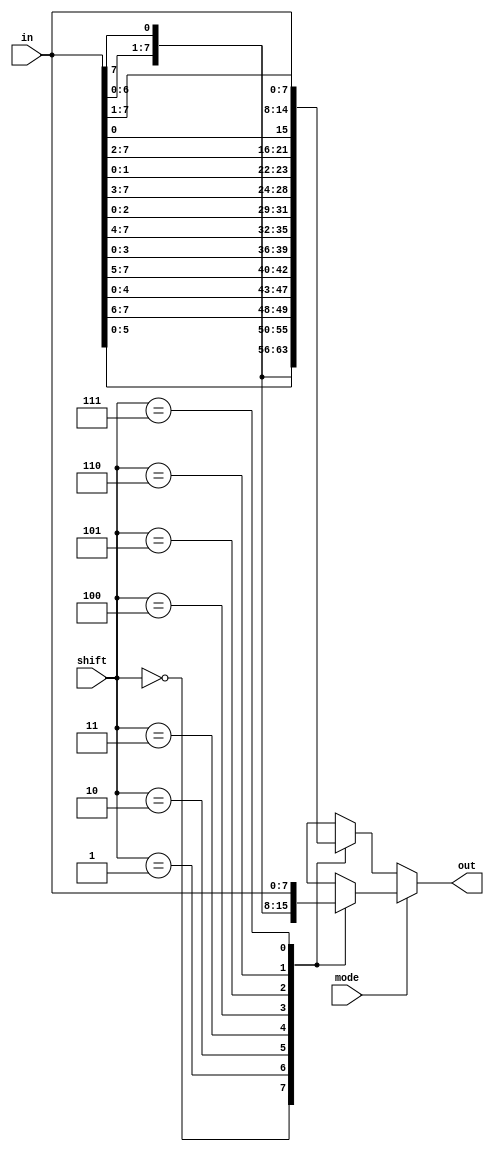
module barrel_shifter(in,shift,mode,out);
  input [7:0] in; //8 bit input for shifting
  input [2:0] shift;//amount of shifting
  input mode; //0 - Left Shift | 1 = Right Shift
  output reg [7:0] out; //output of barrel shifter
  
  always@(*)
    begin
      
      if(mode) 
        begin
          case(shift)
            3'b000 : out = {in[0],in[7:1]};
            3'b001 : out = {in[1:0],in[7:2]};
            3'b010 : out = {in[2:0],in[7:3]};
            3'b011 : out = {in[3:0],in[7:4]};
            3'b100 : out = {in[4:0],in[7:5]};
            3'b101 : out = {in[5:0],in[7:6]};
            3'b110 : out = {in[6:0],in[7]};
            3'b111 : out = in;
            default : out = in;
          endcase
        end
      else 
        begin
          case(shift)
            3'b000 : out = {in[6:0],in[7]};
            3'b001 : out = {in[5:0],in[7:6]};
            3'b010 : out = {in[4:0],in[7:5]};
            3'b011 : out = {in[3:0],in[7:4]};
            3'b100 : out = {in[2:0],in[7:3]};
            3'b101 : out = {in[1:0],in[7:2]};
            3'b110 : out = {in[0],in[7:1]};
            3'b111 : out = in;
            default : out = in;
          endcase
        end
      
    end
endmodule